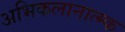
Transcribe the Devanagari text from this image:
अभिकलानात्म्क